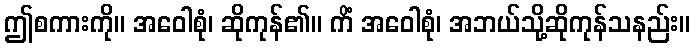
ဤစကားကို။ အဝေါစုံ၊ ဆိုကုန်၏။ ကိံ အဝေါစုံ၊ အဘယ်သို့ဆိုကုန်သနည်း။